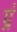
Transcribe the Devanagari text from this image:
प्रं